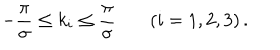
LaTeX: - { \frac { \pi } { \sigma } } \leq k _ { i } \leq { \frac { \pi } { \sigma } } \left( i = 1 , 2 , 3 \right) .